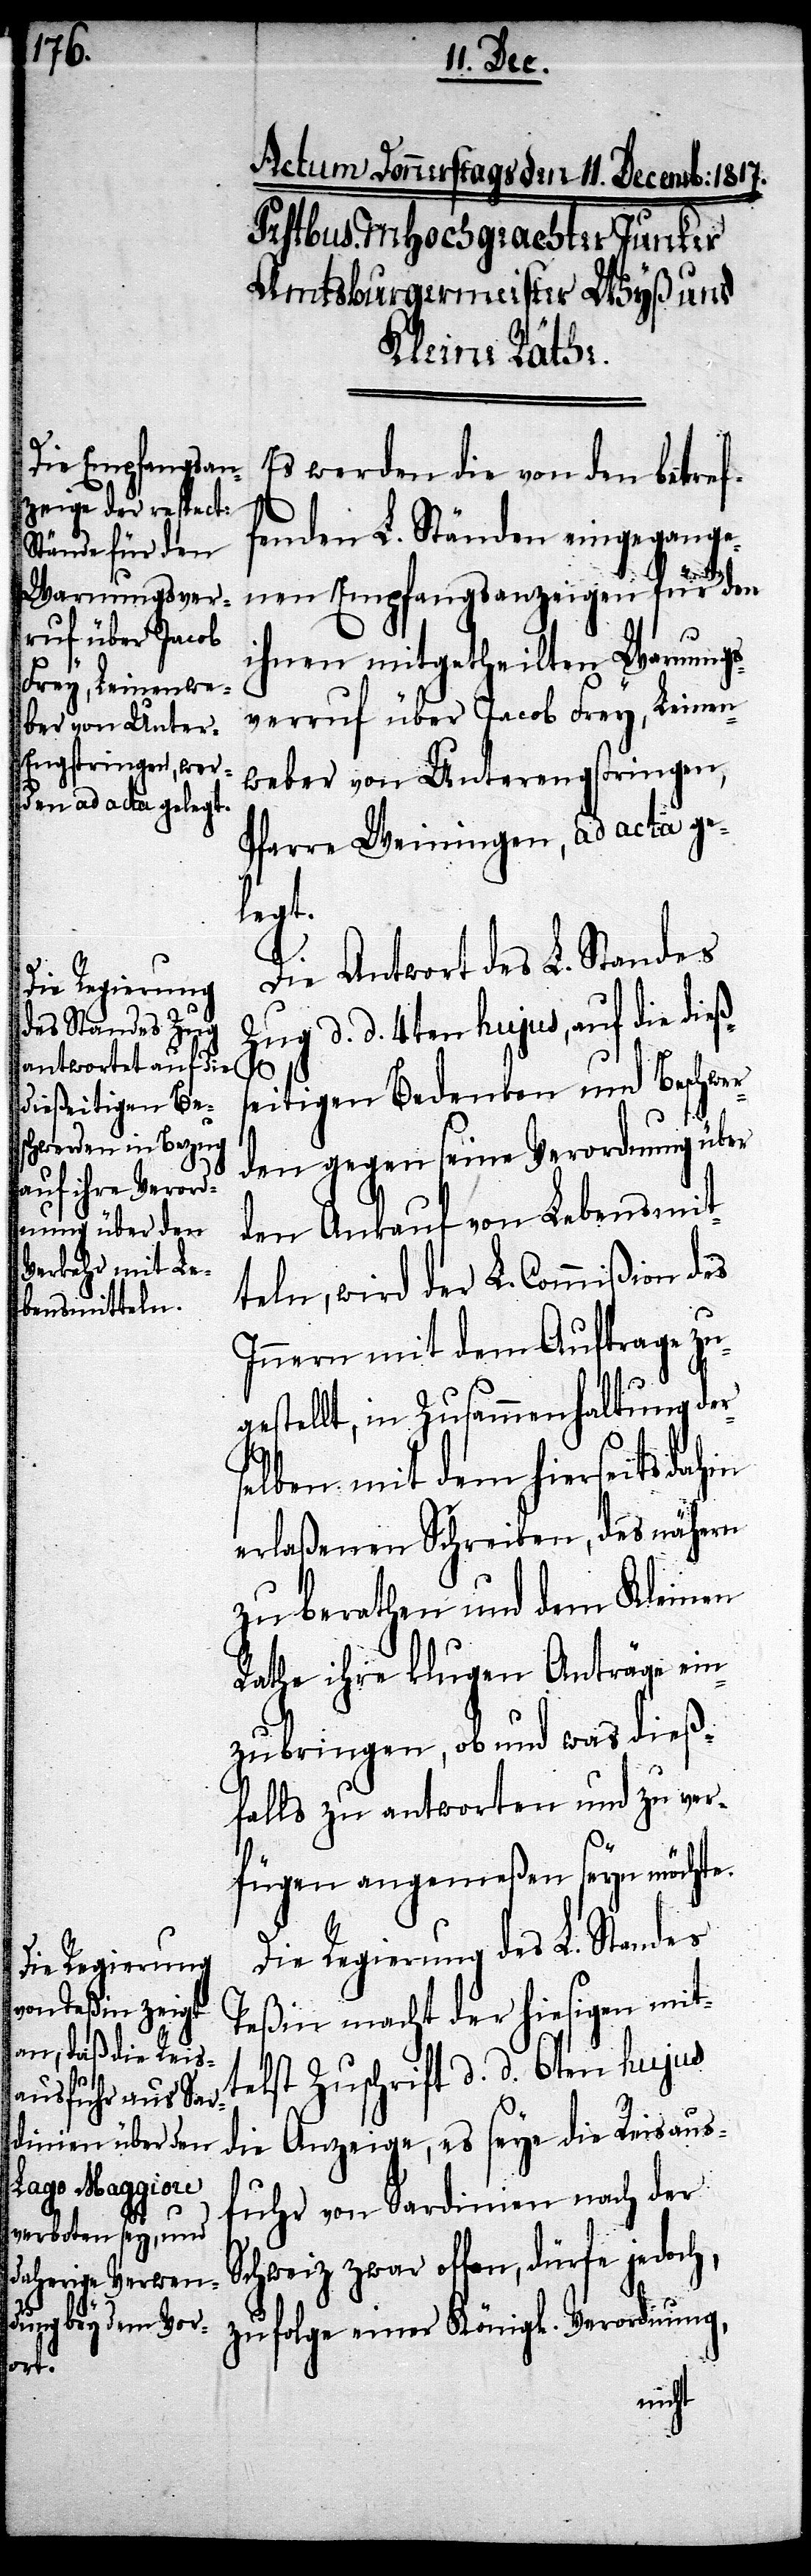
Es werden die von den betref¬
fenden L. Ständen eingegange¬
nen Empfangsanzeigen für den
t¬
ihnen mitgetheilten Warnungs¬
verruf über Jacob Frey, Leinen¬
weber von Unterengstringen,
Pfarre Weiningen, ad acta gel¬
egt.
Die Antwort des L. Standes
Zug d. d. 4ten hujus, auf die dieß¬
seitigen Bedenken und Beschwer¬
den gegen seine Verordnung über
den Anruf von Lebensmit¬
teln, wird der L. Commißion des
Innern mit dem Auftrage zu¬
gestellt, in Zusammenhaltung der¬
selben mit dem hierseits dahin
erlaßenen Schreiben, des nähern
zu berathen und dem Kleinen
Rathe ihre klugen Anträge ein¬
zubringen, ob und was dieß¬
falls zu antworten und zu ver¬
fügen angemeßen seyn möchte.
Die Regierung des L. Standes
Teßin macht der hiesigen mit¬
elst Zuschrift d. d. 6ten hujus
die Anzeige, es seye die Reisaus¬
fuhr von Sardinien nach der
Schweiz zwar offen, dürfe jedoch,
zufolge einer Königl. Verordnung,